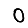
Digit: 0